Annual administration report of the Civil Veterinary Department of India - 1901-1902
Year: 1901
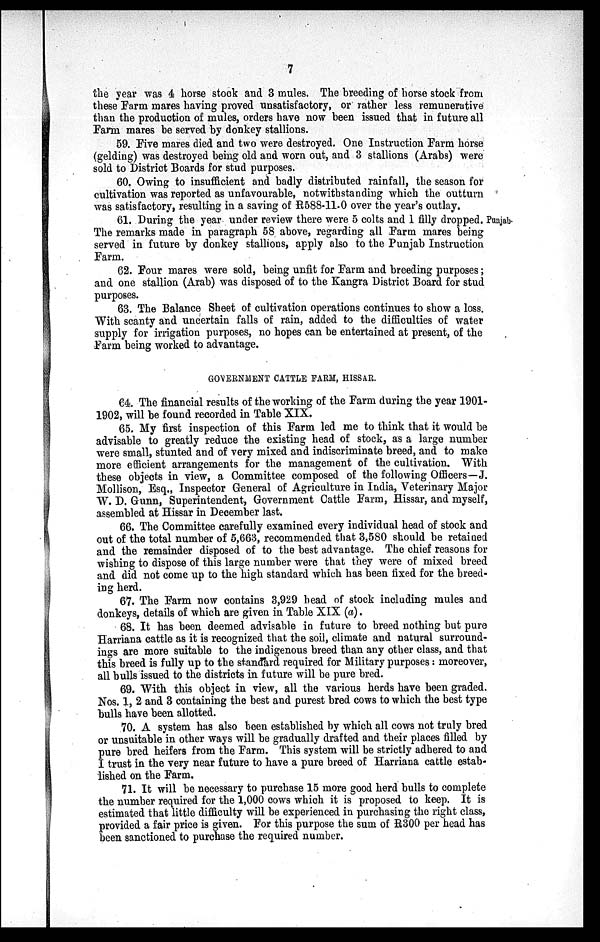
7
the year was 4 horse stock and 3 mules. The breeding of horse stock from
these Farm mares having proved unsatisfactory, or rather less remunerative
than the production of mules, orders have now been issued that in future all
Farm, mares be served by donkey stallions.
59. Five mares died and two were destroyed. One Instruction Farm horse
(gelding) was destroyed being old and worn out, and 3 stallions (Arabs) were
sold to District Boards for stud purposes.
60. Owing to insufficient and badly distributed rainfall, the season for
cultivation was reported as unfavourable, notwithstanding which the outturn
was satisfactory, resulting in a saving of R588-11.0 over the year's outlay.
Punjab.
61. During the year under review there were 5 colts and 1 filly dropped.
The remarks made in paragraph 58 above, regarding all Farm mares being
served in future by donkey stallions, apply also to the Punjab Instruction
Farm.
62. Four mares were sold, being unfit for Farm and breeding purposes;
and one stallion (Arab) was disposed of to the Kangra District Board for stud
purposes.
63. The Balance Sheet of cultivation operations continues to show a loss.
With scanty and uncertain falls of rain, added to the difficulties of water
supply for irrigation purposes, no hopes can be entertained at present, of the
Farm being worked to advantage.
GOVERNMENT CATTLE FARM, HISSAR.
64. The financial results of the working of the Farm during the year 1901-
1902, will be found recorded in Table XIX.
65. My first inspection of this Farm led me to think that it would be
advisable to greatly reduce the existing head of stock, as a large number
were small, stunted and of very mixed and indiscriminate breed, and to make
more efficient arrangements for the management of the cultivation. With
these objects in view, a Committee composed of the following Officers—J.
Mollison, Esq., Inspector General of Agriculture in India, Veterinary Major
W. D. Gunn, Superintendent, Government Cattle Farm, Hissar, and myself,
assembled at Hissar in December last.
66. The Committee carefully examined every individual head of stock and
out of the total number of 5,663, recommended that 3,580 should be retained
and the remainder disposed of to the best advantage. The chief reasons for
wishing to dispose of this large number were that they were of mixed breed
and did not come up to the high standard which has been fixed for the breed-
ing herd.
67. The Farm now contains 3,929 head of stock including mules and
donkeys, details of which are given in Table XIX (a).
68. It has been deemed advisable in future to breed nothing but pure
Harriana cattle as it is recognized that the soil, climate and natural surround-
ings are more suitable to the indigenous breed than any other class, and that
this breed is fully up to the standard required for Military purposes: moreover,
all bulls issued to the districts in future will be pure bred.
69. With this object in view, all the various herds have been graded.
Nos. 1, 2 and 3 containing the best and purest bred cows to which the best type
bulls have been allotted.
70. A system has also been established by which all cows not truly bred
or unsuitable in other ways will be gradually drafted and their places filled by
pure bred heifers from the Farm. This system will be strictly adhered to and
I trust in the very near future to have a pure breed of Harriana cattle estab-
lished on the Farm.
71. It will be necessary to purchase 15 more good herd bulls to complete
the number required for the 1,000 cows which it is proposed to keep. It is
estimated that little difficulty will be experienced in purchasing the right class,
provided a fair price is given. For this purpose the sum of R300 per head has
been sanctioned to purchase the required number.